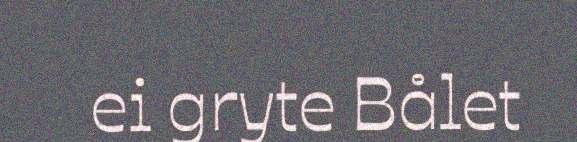
ei gryte Bålet